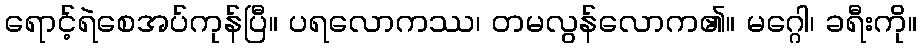
ရောင့်ရဲစေအပ်ကုန်ပြီ။ ပရလောကဿ၊ တမလွန်လောက၏။ မဂ္ဂေါ၊ ခရီးကို။